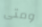
ومتى